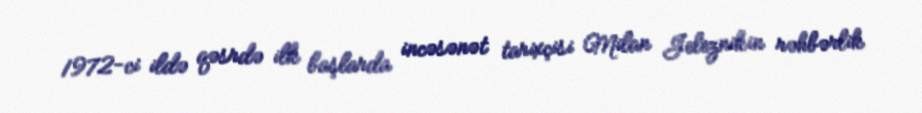
1972-ci ildə qəsrdə ilk başlarda incəsənət tarixçisi Milan Jeleznikin rəhbərlik